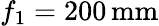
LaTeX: f_{1}=200\, \textrm{mm}